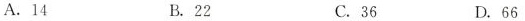
A.14 B.22 C.36 D.66